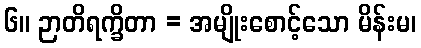
၆။ ဉာတိရက္ခိတာ = အမျိုးစောင့်သော မိန်းမ၊